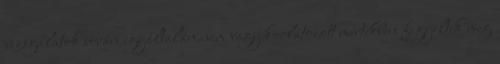
vizsgálatok során egyáltalán nem vagy korlátozott mértékben figyeltek meg